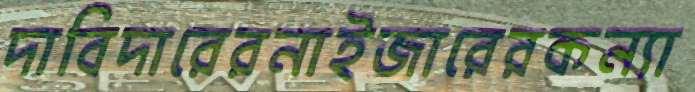
দাবিদারেরনাইজারেরকন্যা